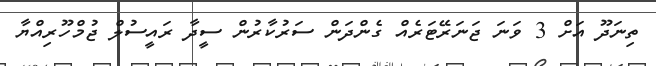
ތިނަދޫ އަށް 3 ވަނަ ޖަނަރޭޓަރެއް ގެންދަން ސަރުކާރުން ސީދާ ރައީސުލް ޖުމްހޫރިއްޔާ